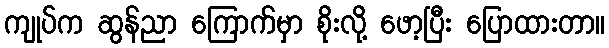
ကျုပ်က ဆွန်ညာ ကြောက်မှာ စိုးလို့ ဖော့ပြီး ပြောထားတာ။